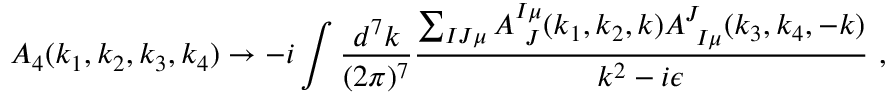
A _ { 4 } ( k _ { 1 } , k _ { 2 } , k _ { 3 } , k _ { 4 } ) \rightarrow - i \int { \frac { d ^ { 7 } k } { ( 2 \pi ) ^ { 7 } } } { \frac { \sum _ { I J \mu } A _ { \ J } ^ { I \mu } ( k _ { 1 } , k _ { 2 } , k ) A _ { \ I \mu } ^ { J } ( k _ { 3 } , k _ { 4 } , - k ) } { k ^ { 2 } - i \epsilon } } \ ,